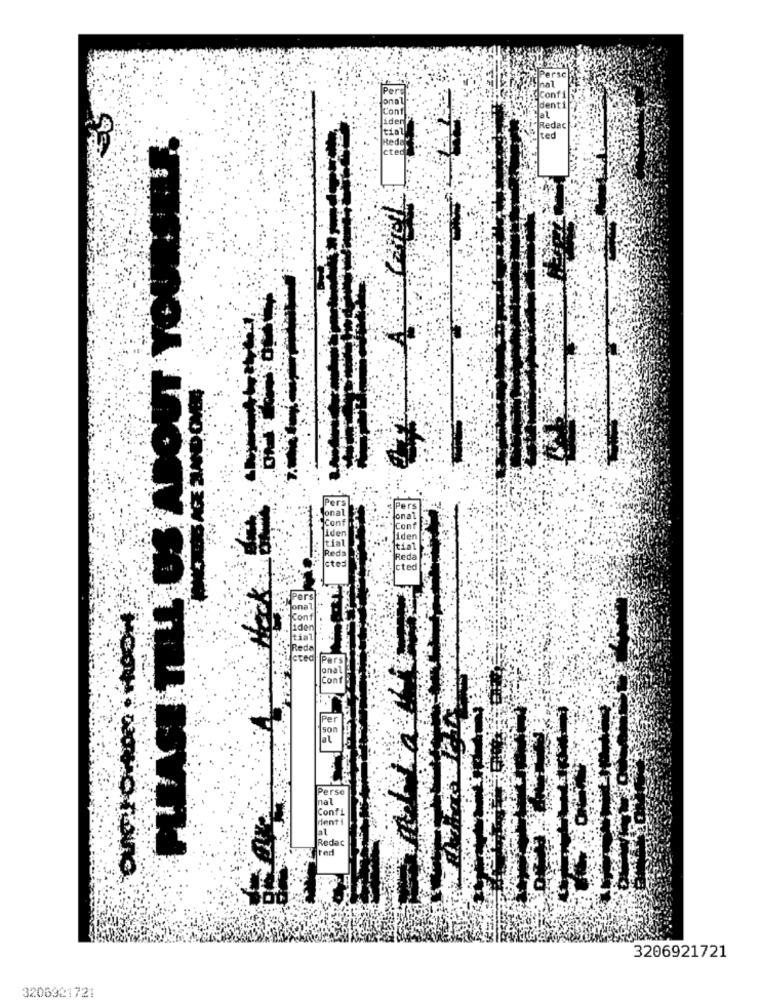
sent 1
Redac
ted
eda
cted
ted
ers
onal
ede
ted
son
Perso
nal
Confi
rent
at
Redac
3206921721
3206921721